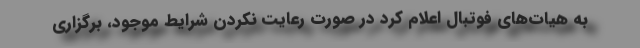
به هیات‌های فوتبال اعلام کرد در صورت رعایت نکردن شرایط موجود، برگزاری